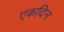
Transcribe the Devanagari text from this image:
एकदिन